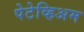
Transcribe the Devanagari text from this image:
पेटेव्हिअम